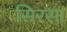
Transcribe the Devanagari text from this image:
सिरसा